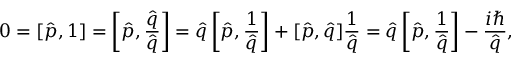
0 = [ \hat { p } , 1 ] = \left[ \hat { p } , \frac { \hat { q } } { \hat { q } } \right] = \hat { q } \left[ \hat { p } , \frac { 1 } { \hat { q } } \right] + [ \hat { p } , \hat { q } ] \frac { 1 } { \hat { q } } = \hat { q } \left[ \hat { p } , \frac { 1 } { \hat { q } } \right] - \frac { i \hbar } { \hat { q } } ,